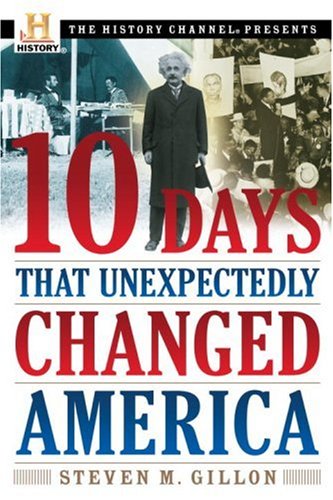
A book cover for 10 Days That Unexpectedly Changed America (History Channel Presents); Steven M. Gillon; Humor & Entertainment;